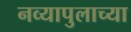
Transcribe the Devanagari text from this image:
नव्यापुलाच्या